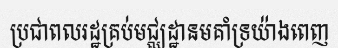
ប្រជាពលរដ្ឋគ្រប់មជ្ឈដ្ឋានមគាំទ្រយ៉ាងពេញ